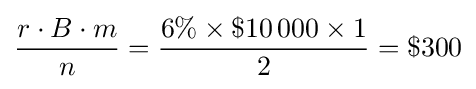
{\frac {r\cdot B\cdot m}{n}}={\frac {6\%\times \$10\,000\times 1}{2}}=\$300